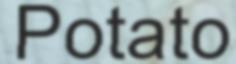
Potato